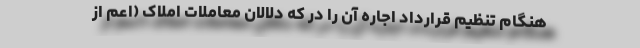
هنگام تنظیم قرارداد اجاره آن را در که دلالان معاملات املاک (اعم از